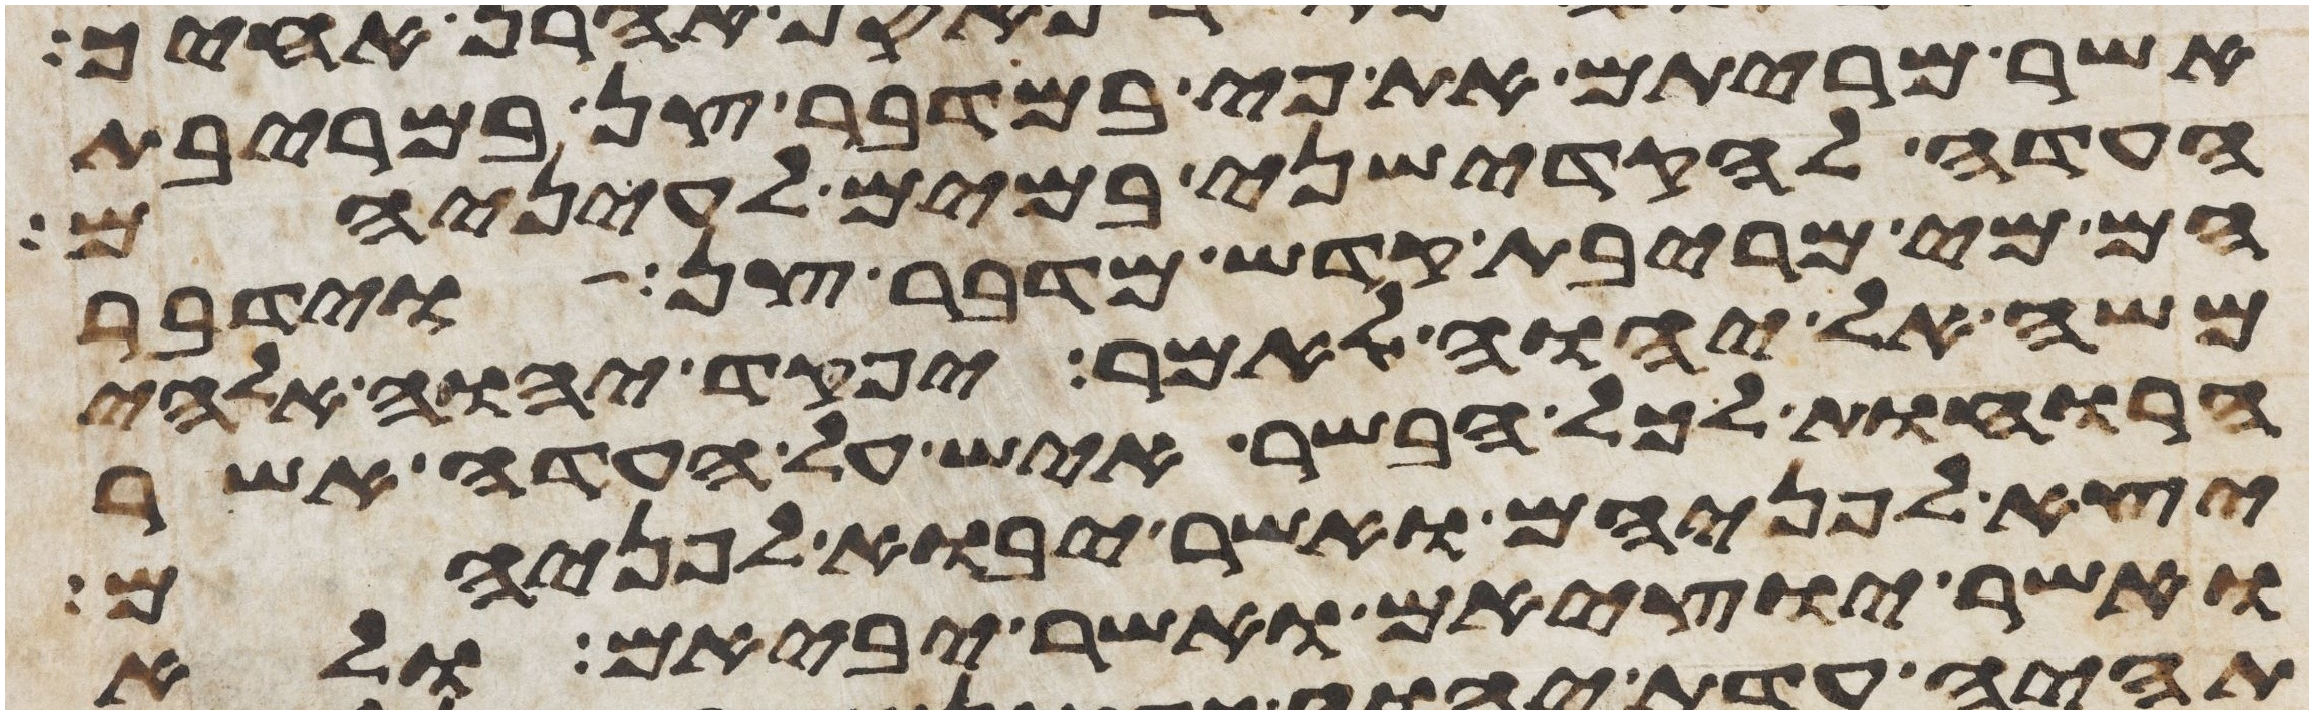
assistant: אשר מריתם את פיי במדבר צן במריבת
העדה להקדישני במים לעיניהם
הם מי מריבת קדש מדבר צן וידבר
משה אל יהוה לאמר יפקד יהוה אלהי
הרוחות לכל הבשר איש על העדה אשר
יצא לפניהם ואשר יבוא לפניהם
ואשר יוציאם ואשר יביאם ולא